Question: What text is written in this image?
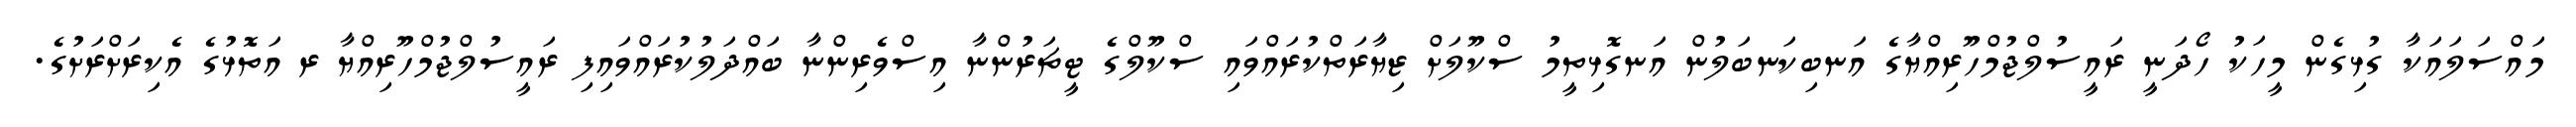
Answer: މައްސަލައަކާ ގުޅިގެން މީހަކު ހޯދަނީ ރައީސުލްޖުމްހޫރިއްޔާގެ އަނބިކަނބަލުން އަނގޮޅިތީމު ސްކޫލަށް ޒިޔާރަތްކުރައްވައި ސްކޫލްގެ ޓީޗަރުންނާ އިސްވެރިންނާ ބައްދަލުކުރައްވައިފި ރައީސުލްޖުމްހޫރިއްޔާ ރ އަތޮޅުގެ އެކިރަށްރަށުގެ.